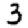
Digit: 3